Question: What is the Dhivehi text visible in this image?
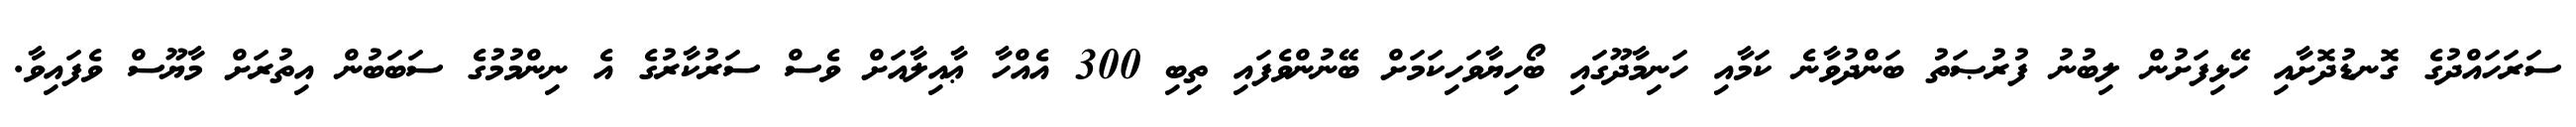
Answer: ސަރަހައްދުގެ ގޮނޑުދޮށާއި ހޭޅިފަށުން ލިބުނު ފުރުޞަތު ބަންދުވާނެ ކަމާއި ހަނިމާދޫގައި ބޯހިޔާވަހިކަމަށް ބޭނުންވެފައި ތިބި 300 އެއްހާ ޢާއިލާއަށް ވެސް ސަރުކާރުގެ އެ ނިންމުމުގެ ސަބަބުން އިތުރަށް މާޔޫސް ވެފައިވާ.